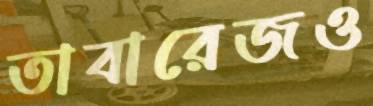
তাবারেজও